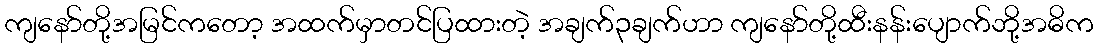
ကျနော်တို့အမြင်ကတော့ အထက်မှာတင်ပြထားတဲ့ အချက်၃ချက်ဟာ ကျနော်တို့ထီးနန်းပျောက်ဘို့အဓိက